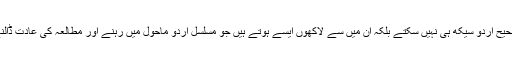
لیکن اس کا یہ مطلب ہرگز نہیں کہ یہ لوگ صحیح اردو سیکھ ہی نہیں سکتے بلکہ ان میں سے لاکھوں ایسے ہوتے ہیں جو مسلسل اردو ماحول میں رہنے اور مطالعہ کی عادت ڈالنے سے ٹھیک ٹھا ک اردو بولنا سیکھ لیتے ہیں۔